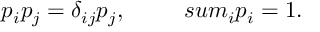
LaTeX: p _ { i } p _ { j } = \delta _ { i j } p _ { j } , \ \ \ \ \ \ \ \, s u m _ { i } p _ { i } = 1 .